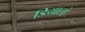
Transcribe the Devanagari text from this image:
डियालो